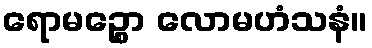
ရောမဉ္စော လောမဟံသနံ။